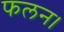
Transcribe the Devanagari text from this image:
फलन।